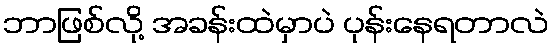
ဘာဖြစ်လို့ အခန်းထဲမှာပဲ ပုန်းနေရတာလဲ